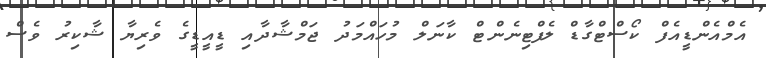
އެމްއެންޑީއެފް ކޯސްޓްގާޑް ލެފްޓިނެންޓް ކާނަލް މުހައްމަދު ޖަމްޝާދާއި ޑީއީޑީގެ ވެރިޔާ ޝާކިރު ވެސް